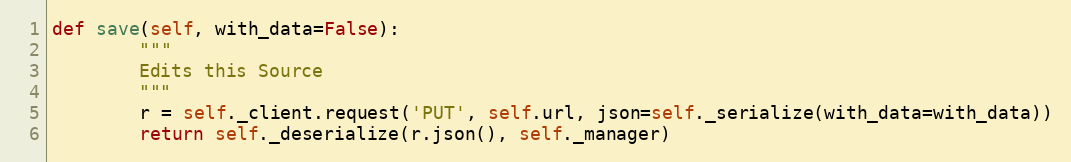
Language: Python
def save(self, with_data=False):
        """
        Edits this Source
        """
        r = self._client.request('PUT', self.url, json=self._serialize(with_data=with_data))
        return self._deserialize(r.json(), self._manager)